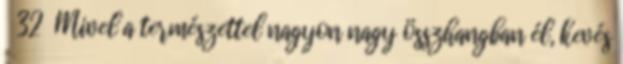
32 Mivel a természettel nagyon nagy összhangban él, kevés